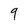
Character: 9